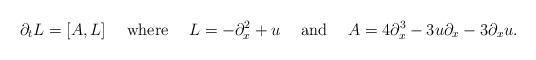
LaTeX: \begin{align*}\partial_t L&=[A,L]&\mbox{where}&&L&=-\partial_x^2+u&\mbox{and}&&A&=4\partial_x^3-3u\partial_x-3\partial_xu.\end{align*}